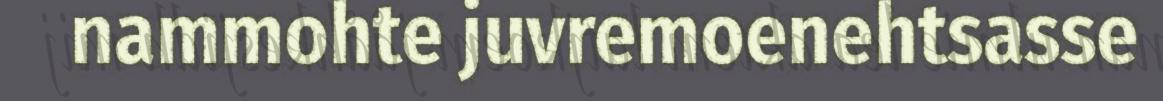
nammohte juvremoenehtsasse